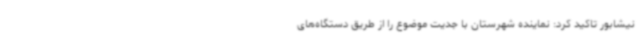
نیشابور تاکید کرد: نماینده شهرستان با جدیت موضوع را از طریق دستگاه‌های